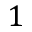
1